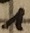
Text: 1